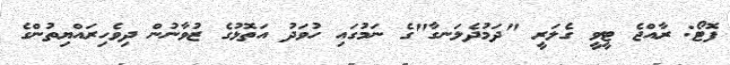
ފޮޓޯ: ރާއްޖެ ޓީވީ ގެލަރީ "ދަމުދެލަނގާ"ގެ ނަމުގައި ހުވަދު އަތޮޅުގެ ޒުވާނުން ދިވެހިރައްޔިތުންގެ